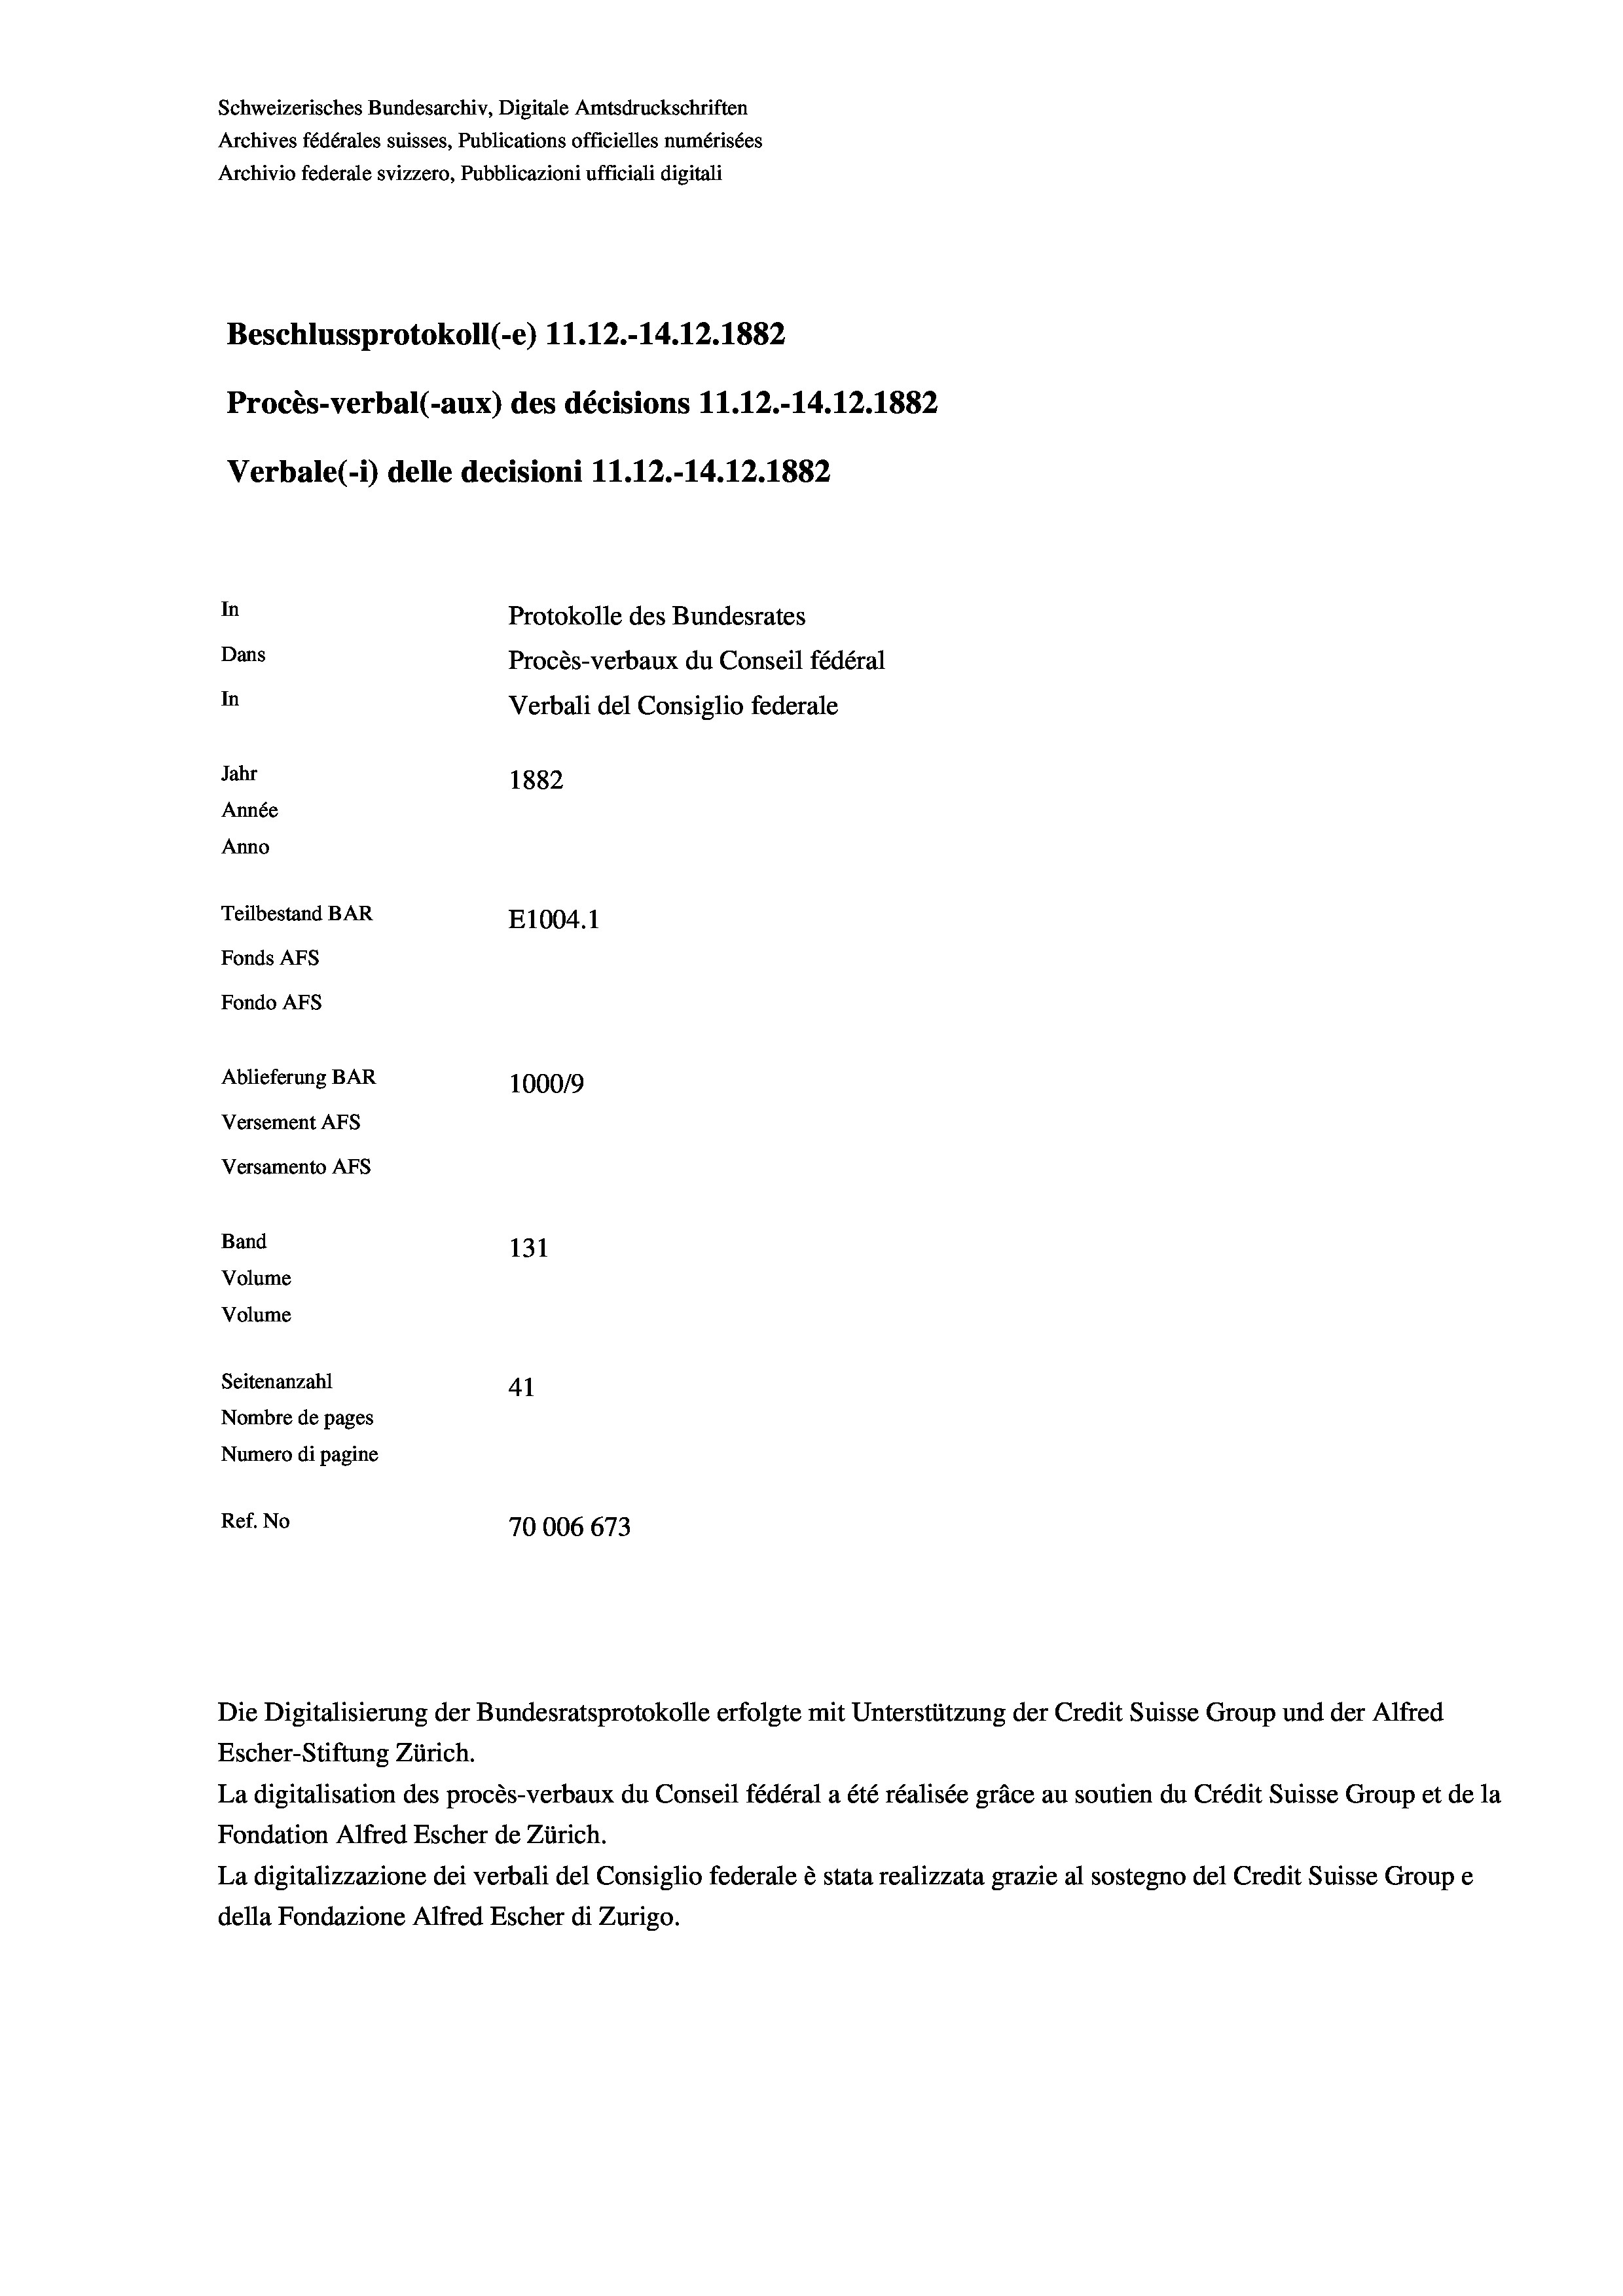
Schweizerisches Bundesarchiv, Digitale Amtsdruckschriften
Archives fédérales suisses, Publications officielles numérisées
Archivio federale svizzero, Pubblicazioni ufficiali digitali
Beschlussprotokoll (-e) 11.12.-14.12.1882
Procès-verbal (-aux) des décisions 11.12.-14.12.1882
Verbale(-*) delle decisioni 11.12.-14.12.1882
In
Protokolle des Bundesrates
Dans
Procès-verbaux du Conseil fédéral
In
Verbali del Consiglio federale
Jahr
1882
Année
Anno
Teilbestand BAR
E1004.1
Fonds AFs
Fondo AFS
Ablieferung BAR
100019
Versement AFs
Versamento Afs
Band
131
Volume
Volume
Seitenanzahl
41
Nombre de pages
Numero di pagine
Ref. No
70006 673

Die Digitalisierung der Bundesratsprotokolle erfolgte mit Unterstützung der Credit Suisse Group und der Alfred
Escher-Stiftung Zürich.
La digitalisation des procès-verbaux du Conseil fédéral a été réalisée gräce au soutien du Crédit Suisse Group et de la
Fondation Alfred Escher de Zürich.
La digitalizzazione dei verbali del Consiglio federale è stata realizzata grazie al sostegno del Credit Suisse Groupe
della Fondazione Alfred Escher di Zurigo.